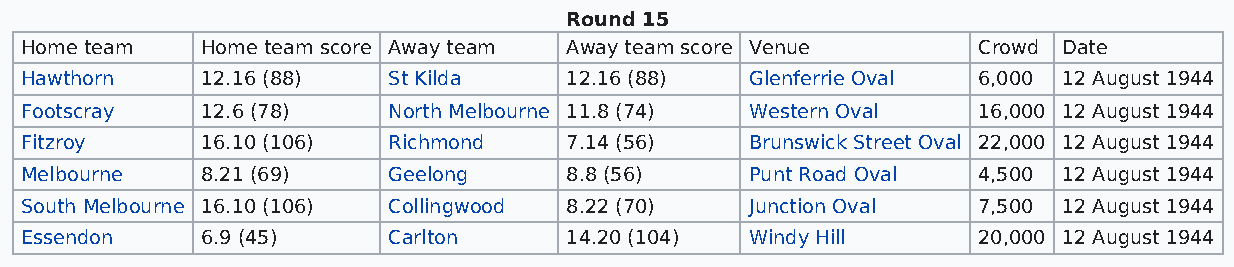
Round 15
 Home team   Home team score Away team Away team score Venue     Crowd Date
 Hawthorn    12.16 (88)   St Kilda   12.16 (88)   Glenferrie Oval 6,000 12 August 1944
 Footscray   12.6 (78)    North Melbourne 11.8 (74) Western Oval 16,000 12 August 1944
 Fitzroy     16.10 (106)  Richmond   7.14 (56)    Brunswick Street Oval 22,000 12 August 1944
 Melbourne   8.21 (69)    Geelong    8.8 (56)     Punt Road Oval 4,500 12 August 1944
 South Melbourne 16.10 (106) Collingwood 8.22 (70) Junction Oval 7,500 12 August 1944
 Essendon    6.9 (45)     Carlton    14.20 (104)  Windy Hill     20,000 12 August 1944